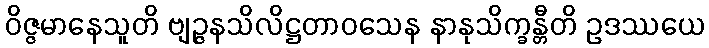
ဝိဇ္ဇမာနေသူတိ ဗျဉ္ဇနသိလိဋ္ဌတာဝသေန နာနုသိက္ခန္တီတိ ဥဒဿယေ